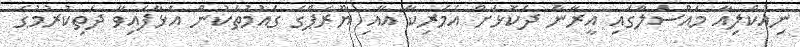
ނިއުކްލިއާ މައްސަލާގައި އީރާނާ ދެކޮޅަށް އެމެރިކާ އާއި ޔޫރަޕްގެ ގައުމުތަކުން އަޅާފައިވާ ދަތިކުރުމުގެ